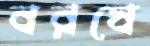
বরষে